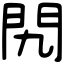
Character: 𨳊